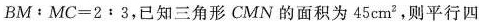
$$BM：MC = 2：3$$，已知三角形 CMN 的面积为 45cm^{2}，则平行四